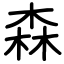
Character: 森